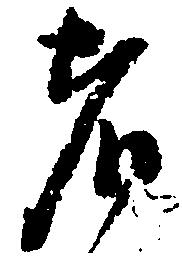
者